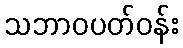
သဘာဝပတ်ဝန်း